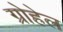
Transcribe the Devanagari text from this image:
ग्रोहेल